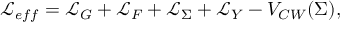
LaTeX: { \mathcal { L } } _ { e f f } = { \mathcal { L } } _ { G } + { \mathcal { L } } _ { F } + { \mathcal { L } } _ { \Sigma } + { \mathcal { L } } _ { Y } - V _ { C W } ( \Sigma ) ,